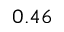
0 . 4 6